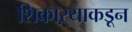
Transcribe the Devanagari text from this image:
शिकाऱ्याकडून